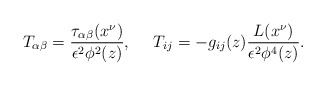
\begin{align*}T_{\alpha\beta } = \frac{\tau_{\alpha\beta }(x^\nu)}{\epsilon^2\phi ^2(z)}, ~~~~ T_{ij} = - g_{ij}(z)\frac{L(x^\nu)}{\epsilon^2\phi ^4(z)} .\end{align*}